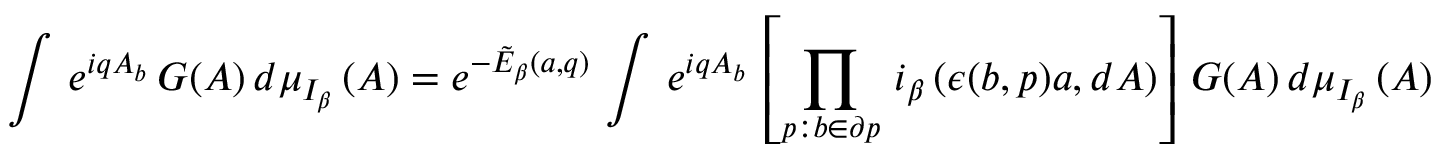
\left. \int \, e ^ { i q A _ { b } } \, G ( A ) \, d \mu _ { I _ { \beta } } \, ( A ) = e ^ { - \tilde { E } _ { \beta } ( a , q ) } \, \int \, e ^ { i q A _ { b } } \, \left[ \prod _ { p : b \in \partial p } \, i _ { \beta } \, ( \epsilon ( b , p ) a , d A ) \right] \, G ( A ) \, d \mu _ { I _ { \beta } } \, ( A ) \ , \right.